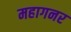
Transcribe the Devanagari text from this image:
महागनर